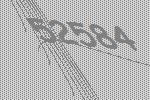
52584